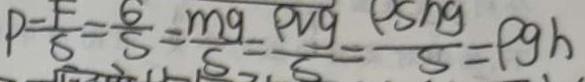
P = \frac { F } { S } = \frac { 6 } { S } = \frac { m g } { S } = \frac { \rho v g } { S } = \frac { \rho S h g } { S } = \rho g h